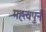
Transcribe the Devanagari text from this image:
मह्त्वपुर्न